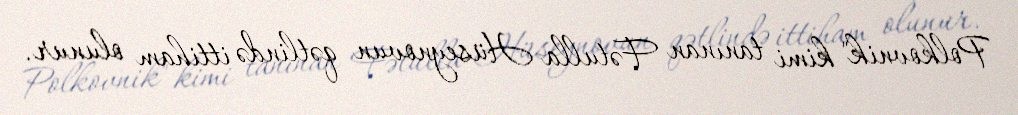
Polkovnik" kimi tanınan Fətulla Hüseynovun qətlində ittiham olunur.